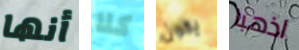
أنها كلا يكون اذهبا